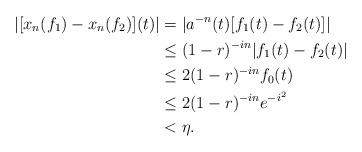
LaTeX: \begin{align*}|[x_n(f_1)-x_n(f_2)](t)|&=|a^{-n}(t)[f_1(t)-f_2(t)]|\\&\leq(1-r)^{-in}|f_1(t)-f_2(t)|\\&\leq 2(1-r)^{-in} f_0(t)\\&\leq 2(1-r)^{-in}e^{-i^2}\\&<\eta.\end{align*}